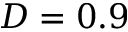
D = 0 . 9